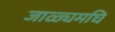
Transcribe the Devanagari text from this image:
जाळ्यमघि